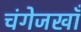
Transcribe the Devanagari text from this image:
चंगेजखाँ